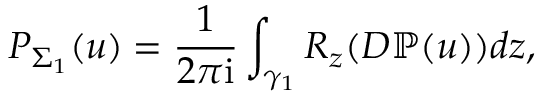
P _ { \Sigma _ { 1 } } ( u ) = \frac { 1 } { 2 \pi \mathrm { i } } \int _ { \gamma _ { 1 } } R _ { z } ( D \mathbb { P } ( u ) ) d z ,